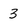
Character: 3